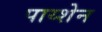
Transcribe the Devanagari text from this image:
पाय्शेन